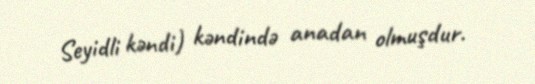
Seyidli kəndi) kəndində anadan olmuşdur.